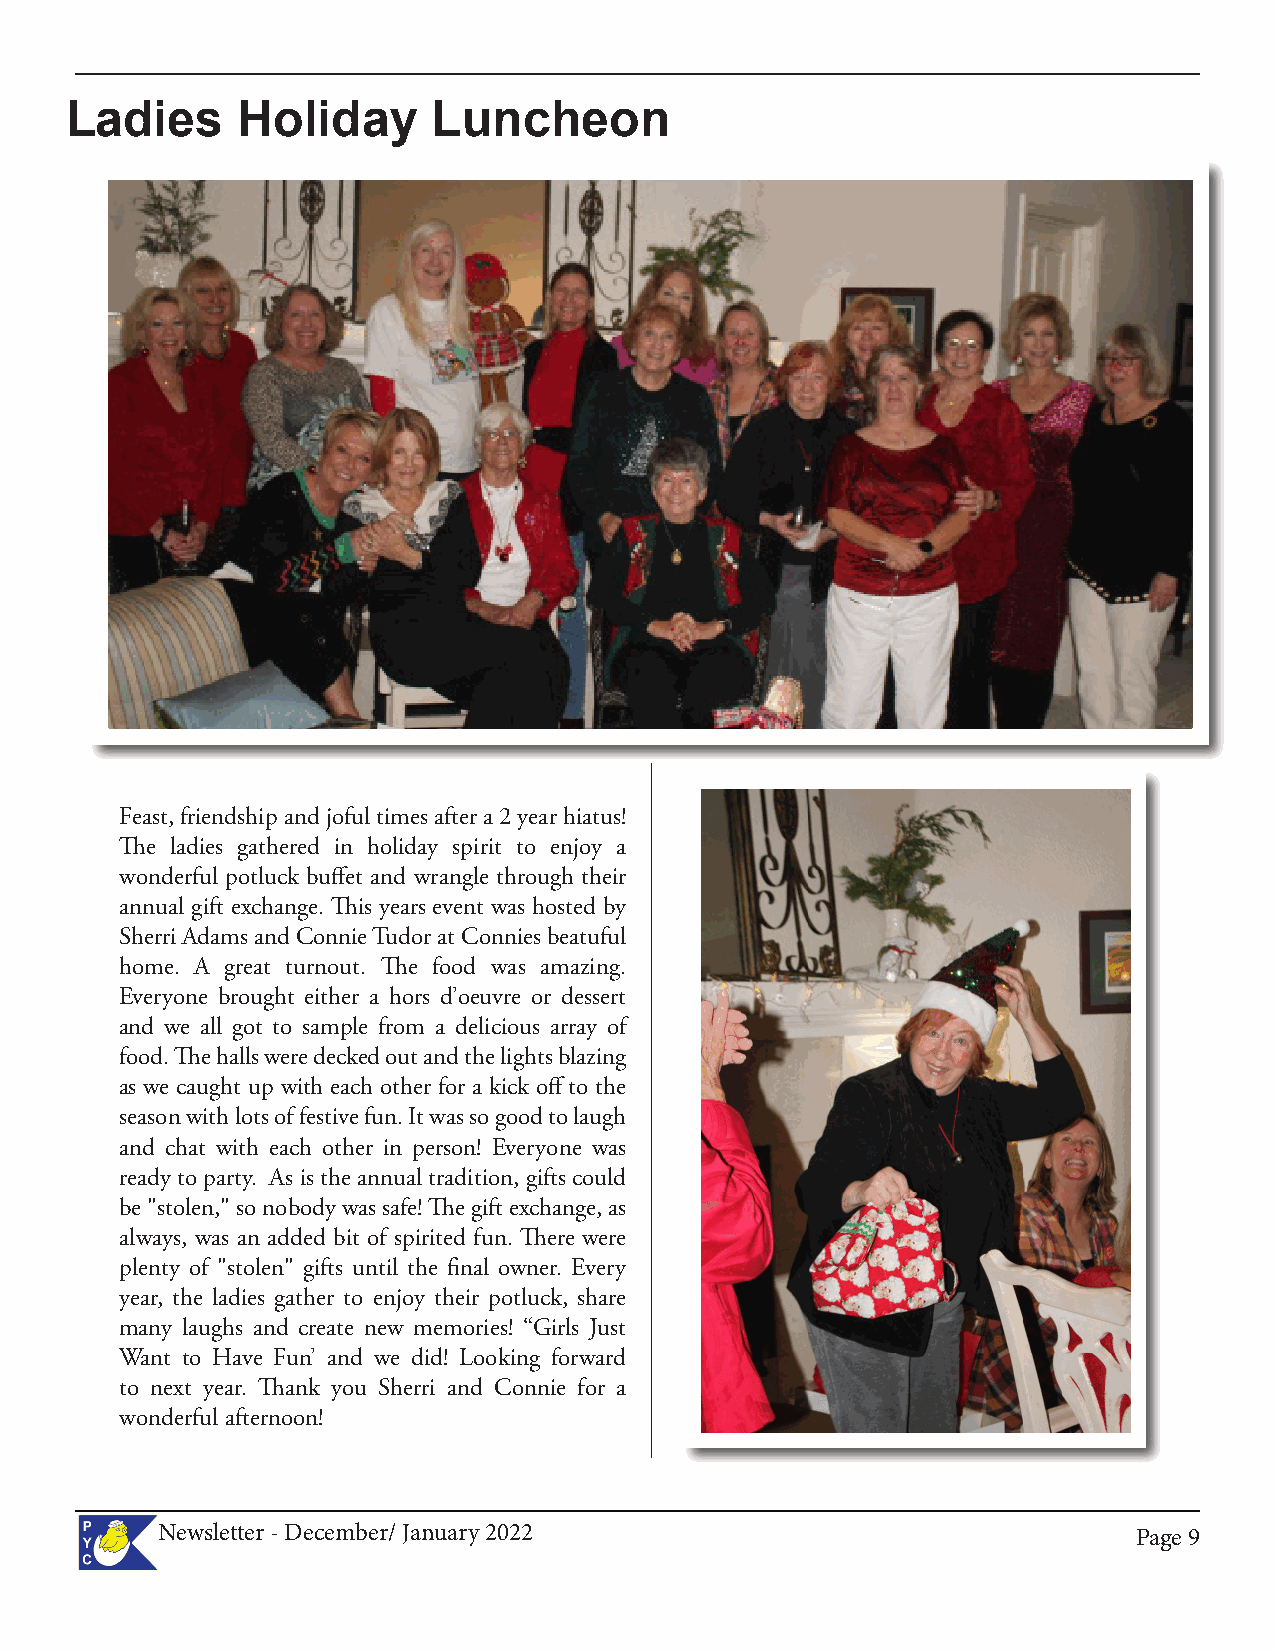
Ladies      Holiday      Luncheon
 Feast, friendship and joful times after a 2 year hiatus!
 The ladies gathered in holiday spirit to enjoy a
 wonderful potluck buffet and wrangle through their
 annual gift exchange. This years event was hosted by
 Sherri Adams and Connie Tudor at Connies beatuful
 home. A great turnout. The food was amazing.
 Everyone brought either a hors d’oeuvre or dessert
 and we all got to sample from a delicious array of
 food. The halls were decked out and the lights blazing
 as we caught up with each other for a kick off to the
 season with lots of festive fun. It was so good to laugh
 and chat with each other in person! Everyone was
 ready to party. As is the annual tradition, gifts could
 be "stolen," so nobody was safe! The gift exchange, as
 always, was an added bit of spirited fun. There were
 plenty of "stolen" gifts until the final owner. Every
 year, the ladies gather to enjoy their potluck, share
 many laughs and create new memories! “Girls Just
 Want to Have Fun’ and we did! Looking forward
 to next year. Thank you Sherri and Connie for a
 wonderful afternoon!
 Newsletter - December/ January 2022                              PPaaggee 99